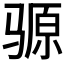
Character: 𫘪